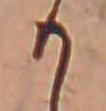
か